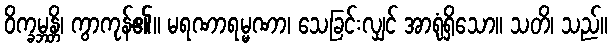
ဝိက္ခမ္ဘန္တိ၊ ကွာကုန်၏။ မရဏာရမ္မဏာ၊ သေခြင်းလျှင် အာရုံရှိသော။ သတိ၊ သည်။